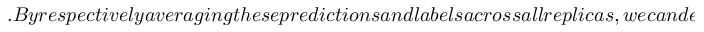
. B y r e s p e c t i v e l y a v e r a g i n g t h e s e p r e d i c t i o n s a n d l a b e l s a c r o s s a l l r e p l i c a s , w e c a n d e r i v e t h e m e a n o b s e r v a t i o n s p r e s e n t e d i n F i g s . ( a - e ) . M e a n w h i l e , w e c a n q u a n t i f y t h e d e p a r t u r e s f r o m t h e s c a l i n g r e l a t i o n b y t h e s t a n d a r d d e v i a t i o n s o f